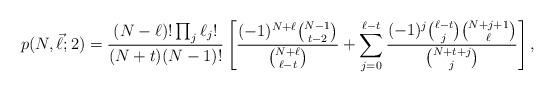
LaTeX: \begin{align*}p(N,\vec\ell;2)=\frac{(N-\ell)!\prod_j\ell_j!}{(N+t)(N-1)!}\left[\frac{(-1)^{N+\ell}\binom{N-1}{t-2}}{\binom{N+\ell}{\ell-t}}+\sum_{j=0}^{\ell-t}\frac{(-1)^j\binom{\ell-t}{j}\binom{N+j+1}{\ell}}{\binom{N+t+j}{j}}\right],\end{align*}